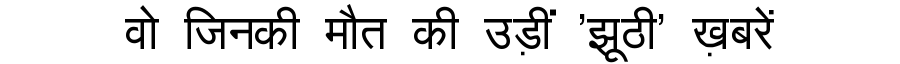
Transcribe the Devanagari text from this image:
वो जिनकी मौत की उड़ीं 'झूठी' ख़बरें